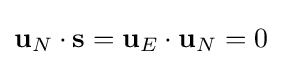
\mathbf {u} _{N}\cdot \mathbf {s} =\mathbf {u} _{E}\cdot \mathbf {u} _{N}=0